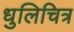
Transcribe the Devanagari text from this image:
धुलिचित्र